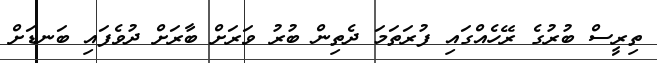
ތިރީސް ބުރުގެ ރޭހެއްގައި ފުރަތަމަ ދެތިން ބުރު ވަރަށް ބާރަށް ދުވެފައި ބަނޑަށް